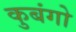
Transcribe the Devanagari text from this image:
कुबंगो